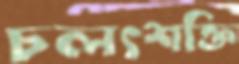
চলৎশক্তি